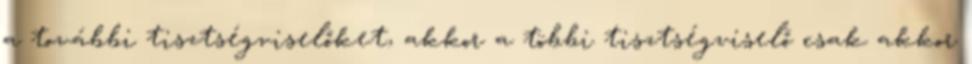
a további tisztségviselőket, akkor a többi tisztségviselő csak akkor